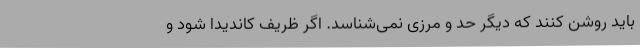
باید روشن کنند که دیگر حد و مرزی نمی‌شناسد. اگر ظریف کاندیدا شود و